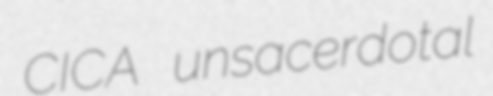
CICA unsacerdotal